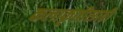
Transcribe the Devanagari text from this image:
कलाकृतीसाठी